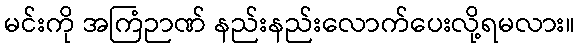
မင်းကို အကြံဉာဏ် နည်းနည်းလောက်ပေးလို့ရမလား။